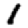
Digit: 1